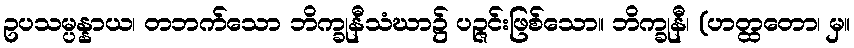
ဥပသမ္ပန္နာယ၊ တဘက်သော ဘိက္ခုနီသံဃာ၌ ပဉ္ဇင်းဖြစ်သော။ ဘိက္ခုနီ၊ (ဟတ္ထတော၊ မှ။